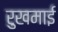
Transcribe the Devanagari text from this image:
रुखमाई